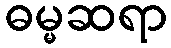
ဓမ္မဆရာ